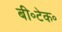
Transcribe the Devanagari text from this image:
बी॰टेक॰